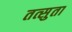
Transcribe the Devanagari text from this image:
तत्सुता